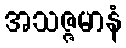
အသဇ္ဇမာနံ